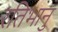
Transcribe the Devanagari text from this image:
रतिभानु